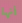
أنها